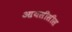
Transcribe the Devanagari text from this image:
आयसीसीस